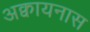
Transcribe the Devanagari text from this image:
अक्वायनास